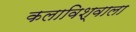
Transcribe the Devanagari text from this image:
कलाविश्वाला